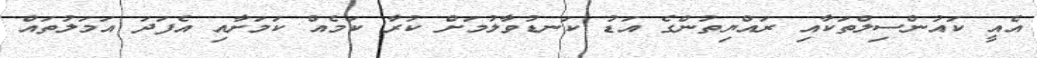
އެއީ ކައުންސިލްތަކާއި ރައްޔިތުންގެ އަޑު ކަނޑުވާލުމަށް ކުރާ ކަމެއް ކަމަށާއި އެފަދަ އަމަލުތައް